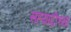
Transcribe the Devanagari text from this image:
सहय़ाद्रीच्या